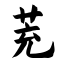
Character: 茺